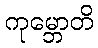
ကုမ္ဘောတိ